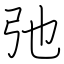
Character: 弛